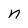
Character: n